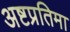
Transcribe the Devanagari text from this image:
अष्टप्रतिमा